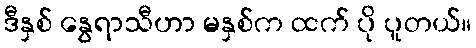
ဒီနှစ် နွေရာသီဟာ မနှစ်က ထက် ပို ပူတယ်။